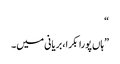
“
”ہاں پورا بکرا، بریانی میں۔